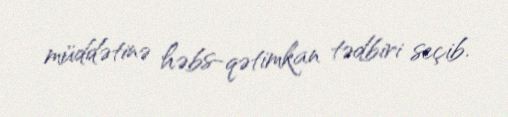
müddətinə həbs-qətimkan tədbiri seçib.